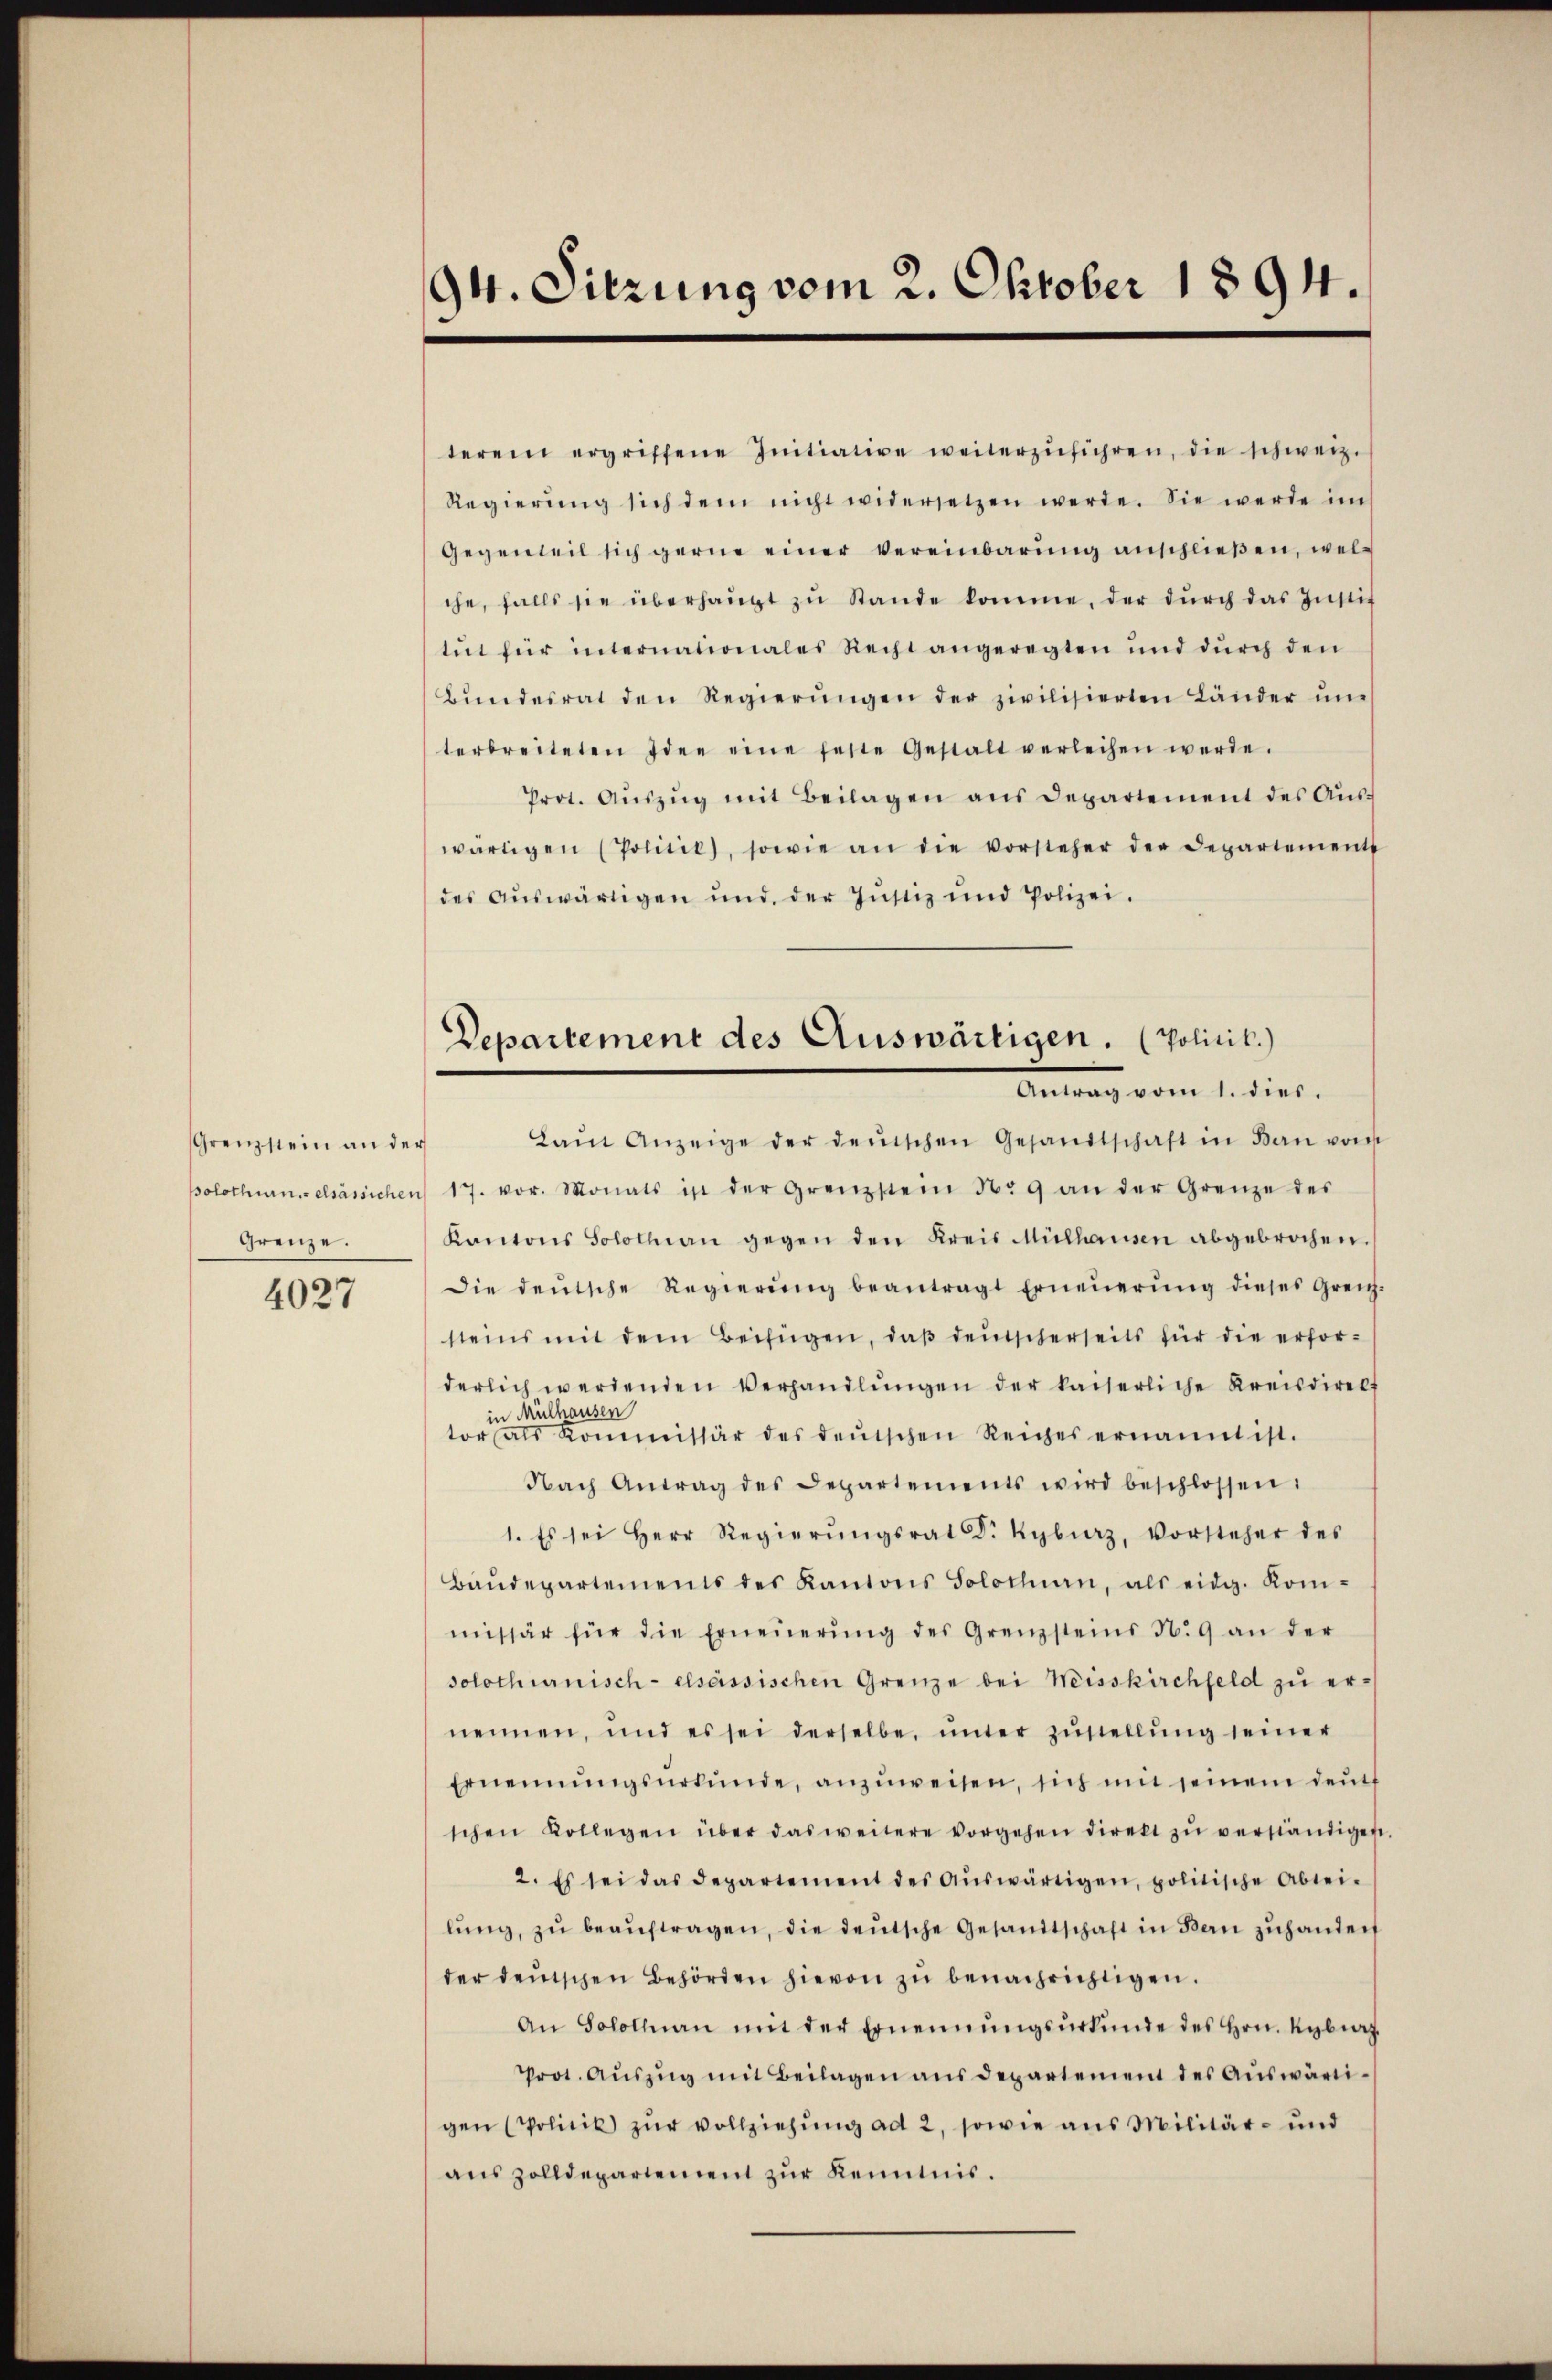
Grenzstein an der
Grenze.

4027

94. Sitzung vom 2. Oktober 1894.

Departement des Auswärtigen. (Politik.)
Eintrag vom 1. dies

terem ergriffene Initiative weiterzŭführen, die schweiz.
Regierŭng sich dem nicht widersetzen werde. Sie werde im
Gegenweil sich gerne einer Vereinbarung anschließen, welche, falls sie überhaupt zŭ Stande komme, der dŭrch das Instit
tŭr für internationales Recht angeregten und dŭrch den
Bŭndesrat den Regierŭngen der zivilisierten Länder ŭn
terbreiteten Idee eine feste Gestalt verleihen werde.
Prot. Aŭszŭg mit Beilagen ans Departement des Aŭs-
wärtigen (Politil), sowie an die vorsteher der Departement
des auswärtigen und der Justiz und Polizei.
Laŭt Anzeige der demischen Gesandtschaft in Bau vom
solothurnelsässichen 17. vor. Monats ist der Grenzstein Nr 9 an der Grenze des
Kantons Solothurn gegen den Kreis Mülhausen abgebrochen.
Die deŭtsche Regierŭng beantragt Erneŭerŭng dieses Greich-
steins mit dem Beifügen, daß deutscherseits für die erforderlich werdenden Verhandlŭngen der kaiserliche Kreisdirekt
in Mülhausen
tor als Kommissär des deŭtschen Reiches ernannt ist.
Nach Antrag des Departements wird beschlossen:
1. Es sei Herr Regierŭngsrat Dr Kyburg, Vorsteher des
Baŭdepartements des Kantons Solothurn, als eidg. Kom-
missär für die Erneŭerŭng des Grenzsteins N. 9 an der
solothurnisch- elsassischen Grenze bei Weisskirchfeld zu ernennen, und es sei derselbe, ŭnter zŭstellung seiner
Ernennŭngsŭrkŭnde, anzŭweisen, sich mit seinem deŭt
schen Kollegen über das weitere vorgehen direkt zŭ verständigen
2. Es sei das Departement des aŭswärtigen, politische Ableilŭng, zŭ beaŭftragen, die deŭtsche Gesandtschaft in Baŭ zŭhanden
der deutschen Behörden hievon zu benachrichtigen.
An Solothurn mit der Ernennŭngsŭrkŭnde des Hrn. Rybrah
Prot. Aŭszŭg mit Beilagen aus departement des Aŭswärtigen (Politik zur Vollziehung ad 2, sowie aus Militär- und
auszolldepartement zur Kenntnis.